Annual report on the working of the lock hospitals in the Central Provinces
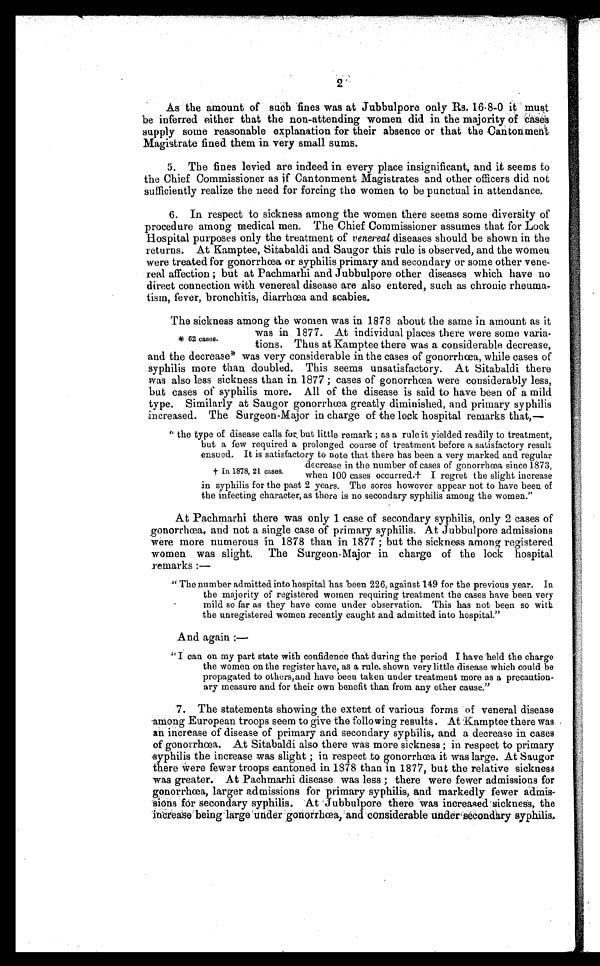
2
As the amount of such fines was at Jubbulpore only Rs. 16-8-0 it must
be inferred either that the non-attending women did in the majority of Cases
supply some reasonable explanation for their absence or that the Cantonment
Magistrate fined them in very small sums.
5. The fines levied are indeed in every place insignificant, and it seems to
the Chief Commissioner as if Cantonment Magistrates and other officers did not
sufficiently realize the need for forcing the women to be punctual in attendance.
6. In respect to sickness among the women there seems some diversity of
procedure among medical men. The Chief Commissioner assumes that for Lock
Hospital purposes only the treatment of venereal diseases should be shown in the
returns. At Kamptee, Sitabaldi and Saugor this rule is observed, and the women
were treated for gonorrhœa or syphilis primary and secondary or some other vene-
real affection ; but at Pachmarhi and Jubbulpore other diseases which have no
direct connection with venereal disease are ,also entered, such as chronic rheuma-
tism, fever, bronchitis, diarrhœa and scabies.
The sickness among the women was in 1878 about the same in amount as it
was in 1877. At individual places there were some varia-
tions. Thus at Kamptee there was a considerable decrease,
and the decrease" was very considerable in the cases of gonorrhoea, while cases of
syphilis more than doubled. This seems unsatisfactory. At Sitabaldi there
was also less sickness than in 1877 ; cases of gonorrhcea were considerably less,
but cases of syphilis more. All of the disease is said to have been of a mild
type. Similarly at Saugor gonorrhoea greatly diminished, and primary syphilis
increased. The Surgeon-Major in charge of the look hospital remarks that,—
" the type of disease calls for but little remark ; as a rule it yielded readily to treatment,
but a few required a prolonged course of treatment before a satisfactory result
ensued. It is satisfactory to note that there has been a very marked and regular
•decrease in the number of cases of gonorrhma since 1873,
when 100 cases occurred.± I regret the slight increase
in syphilis for the past 2 years. The sores however appear not to have been of
the infecting character, as there is no secondary syphilis among the women."
At Pachmarhi there Was only 1 case of secondary syphilis, only 2 cases of
gonorrhcea, and not a single case of primary syphilis. At Jubbulpore admissions
were more numerous in 1878 than in 1877 ; but the sickness among registered
women was slight. The Surgeon-Major in charge of the lock hospital
remarks :-
" The number admitted into hospital has been 226, against 149 for the previous year. In
the majority of registered women requiring treatment the cases have been very
mild so far as they have come under observation. This has not been so with
the unregistered women recently caught and admitted into hospital."
And again :—
." I can on my part state with confidence that during the period I have held the charge
the women on the register have, as a rule, shown very little disease which could be
propagated to others,and have been taken under treatment more as a precaution-
ary measure and for their own benefit than from any other cause."
7. The statements showing the extent of various forms of veneral disease
among European troops seem to give the following results . At Kamptee there was
an increase of disease of primary and secondary syphilis., and a decrease in cases
of gonorrhcea. At Sitabaldi also there was more sickness ; in respect to primary
syphilis the increase was slight ; in respect to gonorrhcea it was large. At Saugor
there Were fewer troops cantoned in 1878 than in 1877, but the relative sickness
was greater. At Pachmarhi disease was less ; there were fewer admissions for
gonorrhoea, larger admissions for primary syphilis, and markedly fewer admis-
sions for secondary syphilis. 'At Jubbulpore there was increased . sickness, the
ilibrea' ae being 'large 'under tinorrhcea, and 'conSiderabie Under'-secondary syphilis,
* 62 cases.
t In 1878, 21 cases.